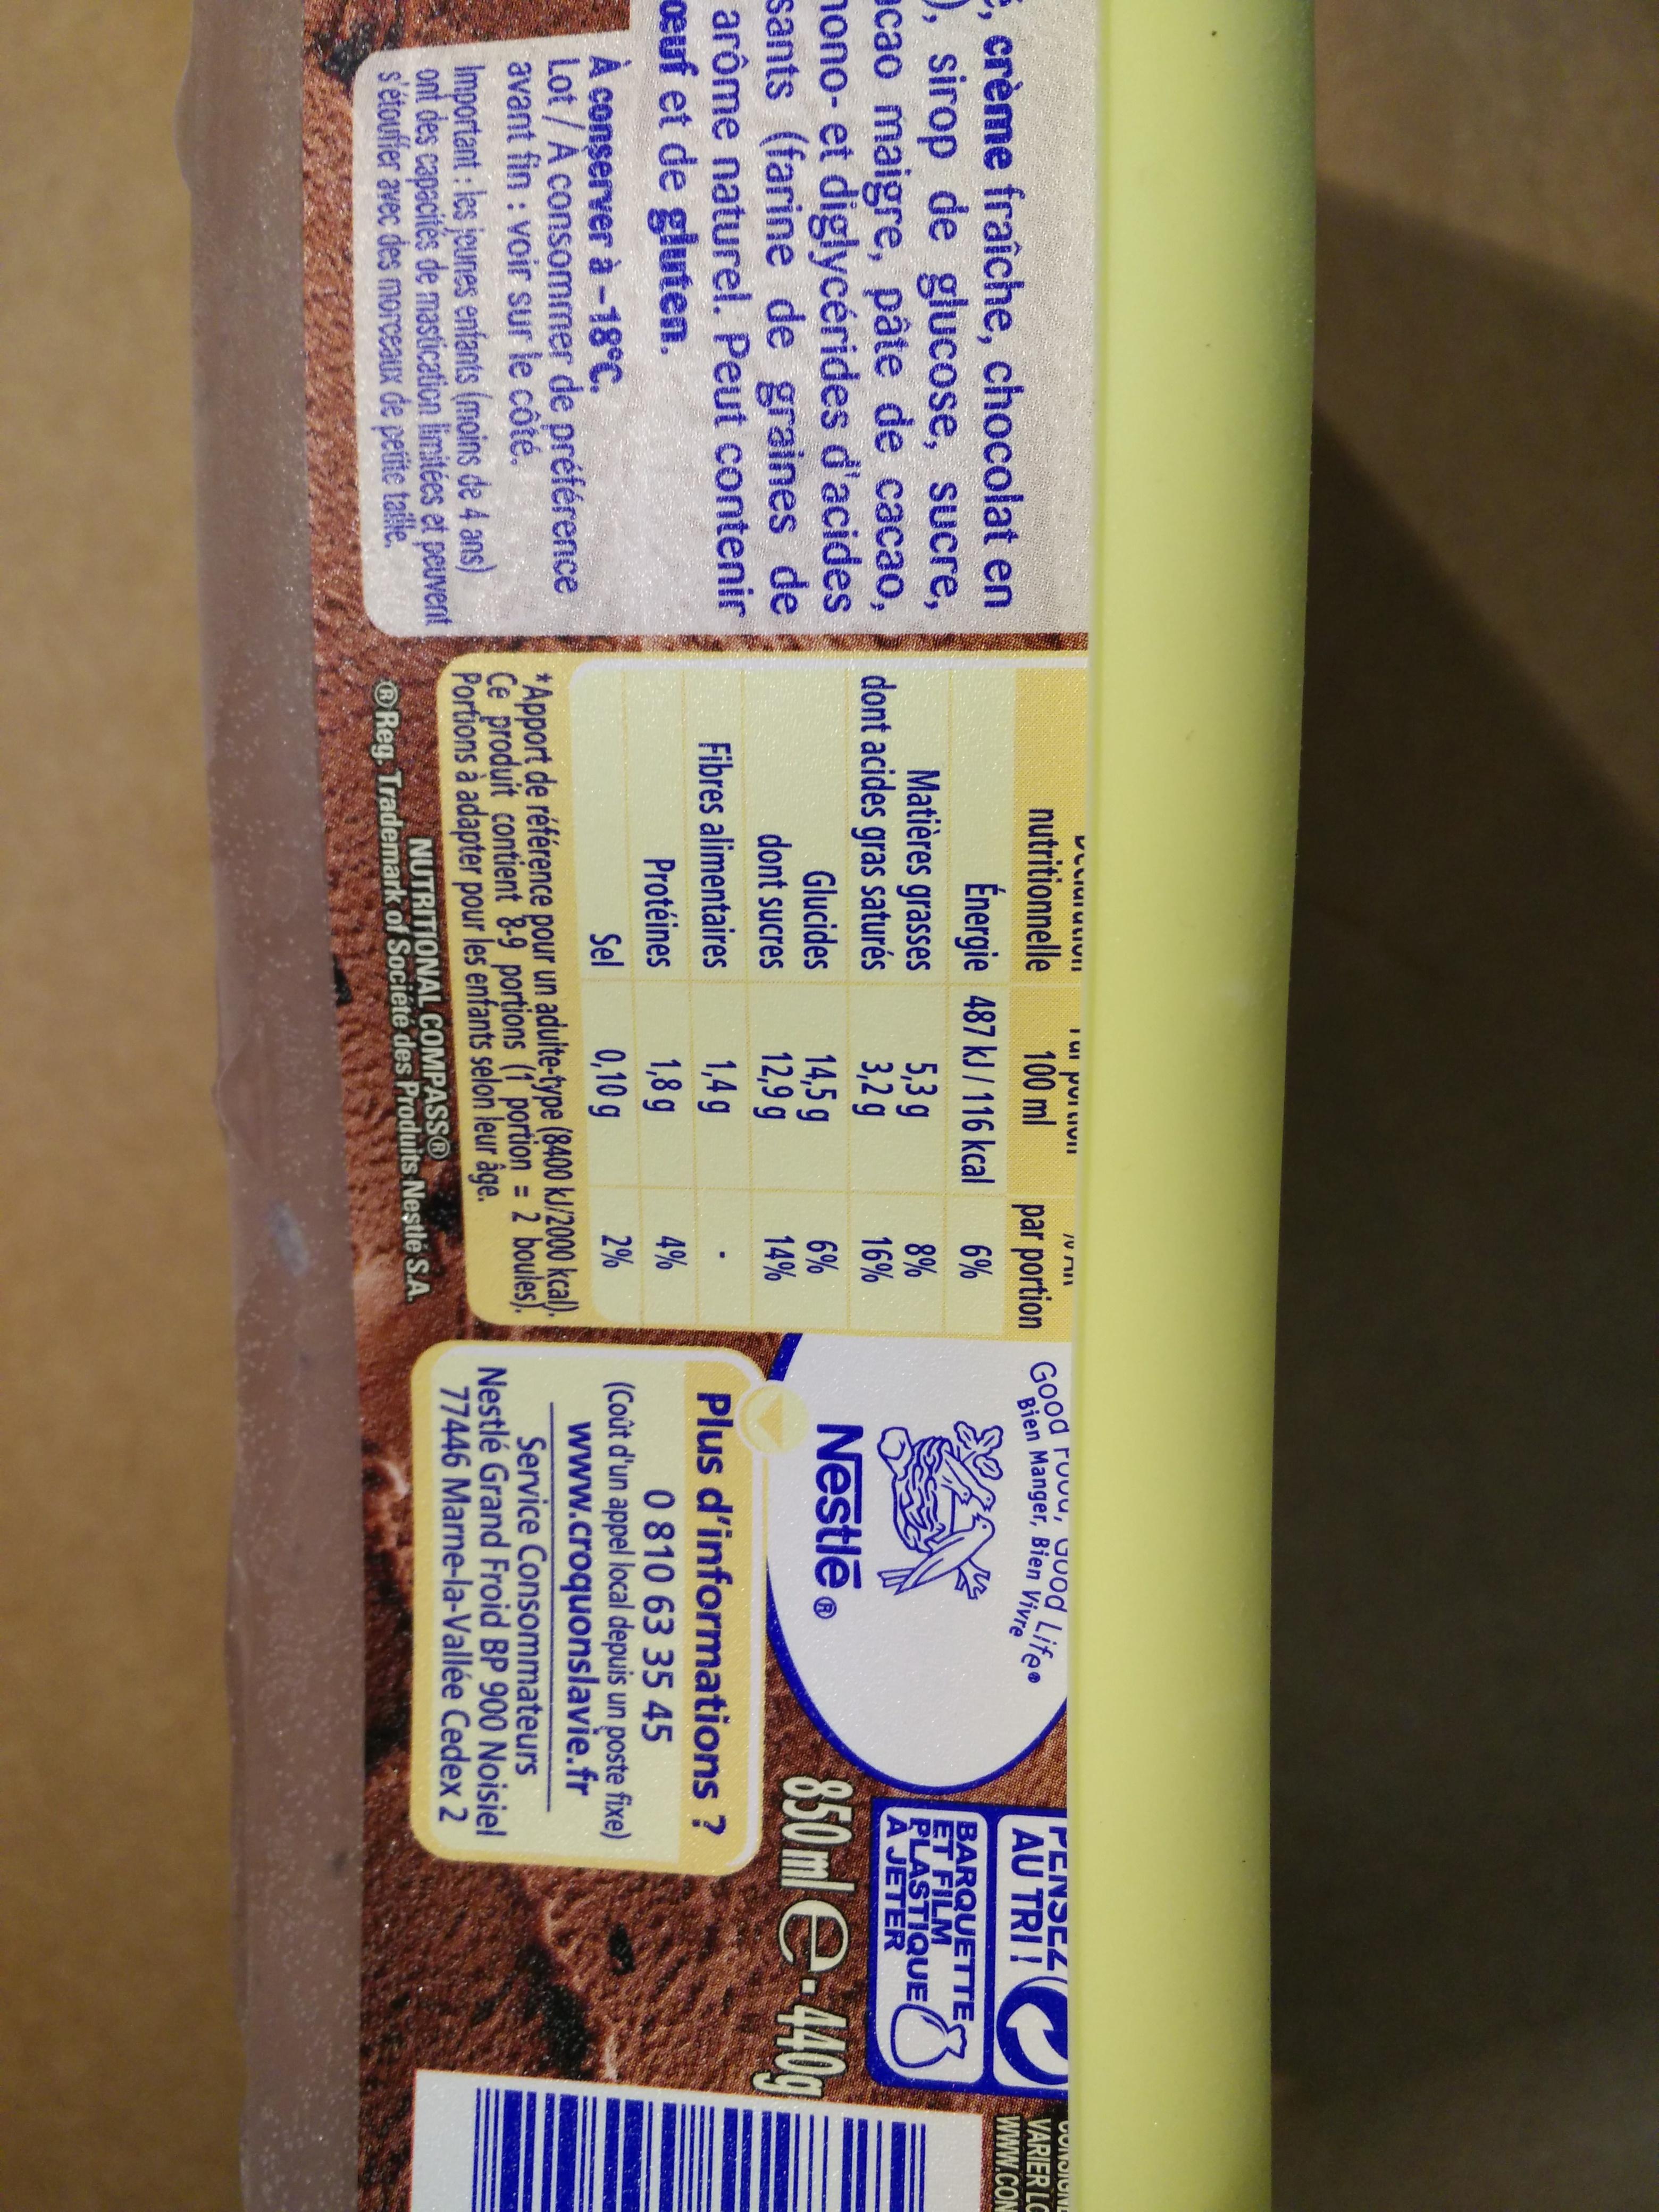
E, crème fraîche, chocolat en 0, sirop de glucose, sucre, cao maigre, pâte de cacao, mono- et diglycérides d'acides sants (farine de graines de arôme naturel. Peut contenir œuf et de gluten.
À conserver à -18°C.
Lot / A consommer de préférence avant fin : voir sur le côté.
Important: les jeunes enfants (moins de 4 ans) ont des capacités de mastication limitées et peuvent s'étouffer avec des morceaux de petite taille.
VIIIVI
nutritionnelle
Énergie 487 kJ / 116 kcal
5,3 g
3,2 g
Matières grasses
dont acides gras saturés
Glucides
dont sucres
TI PVT IUI 100 ml
Fibres alimentaires
Protéines
14,5 g
12,9 g
par portion Good ruou, good Life
Bien Manger, Bien Vivre
V MI
6%
8%
16%
6%
14%
1,4g
1,8 g
Sel
0,10 g
*Apport de référence pour un aduite-type (8400 kJ/2000 kcal). Ce produit contient 8-9 portions (1 portion = 2 boules). Portions à adapter pour les enfants selon leur âge.
●
4%
2%
NUTRITIONAL COMPASSⓇ
Reg. Trademark of Société des Produits Nestlé S.A.
Nestle Ⓡ
PENSEZ
AU TRI !
BARQUETTE
堅
ET FILM
PLASTIQUE A JETER
850ml e-440g
Plus d'informations ?
0 810 63 35 45
(Coût d'un appel local depuis un poste fixe) www.croquonslavie.fr
Service Consommateurs Nestlé Grand Froid BP 900 Noisiel 77446 Marne-la-Vallée Cedex 2
CONCIONE
VARIER LC
www.COM